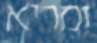
ומריא